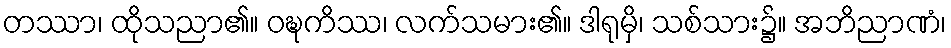
တဿာ၊ ထိုသညာ၏။ ဝဍ္ဎကိဿ၊ လက်သမား၏။ ဒါရုမှိ၊ သစ်သား၌။ အဘိညာဏံ၊